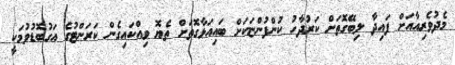
މެދުވެރިއާއަށް ފައިދާ ލިބޭގޮތަށް ކަރުދާހު ކުންފުންޏަކަށް ބައިއަޅާގޮތަށް ތެޔޮ ވިއްކައިގެން ކަރަންޓުގެ އަގުބޮޑުވުމަކީ